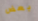
بعض